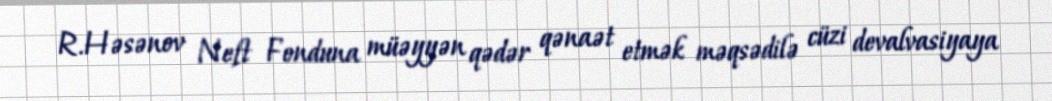
R.Həsənov Neft Fonduna müəyyən qədər qənaət etmək məqsədilə cüzi devalvasiyaya